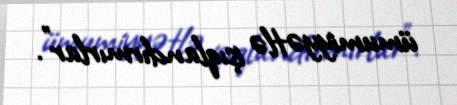
ümumiyyətlə işıqlandırmırlar”.